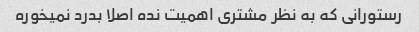
رستورانی که به نظر مشتری اهمیت نده اصلا بدرد نمیخوره